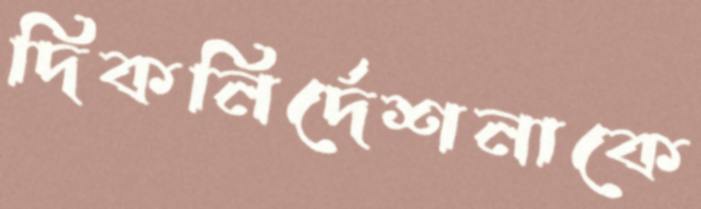
দিকনির্দেশনাকে